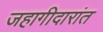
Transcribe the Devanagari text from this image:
जहागीदारांत